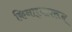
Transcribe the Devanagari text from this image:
किनार्‍यावरून